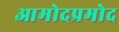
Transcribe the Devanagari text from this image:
आमोदप्रमोद